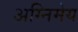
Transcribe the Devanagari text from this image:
अग्‍निमेय